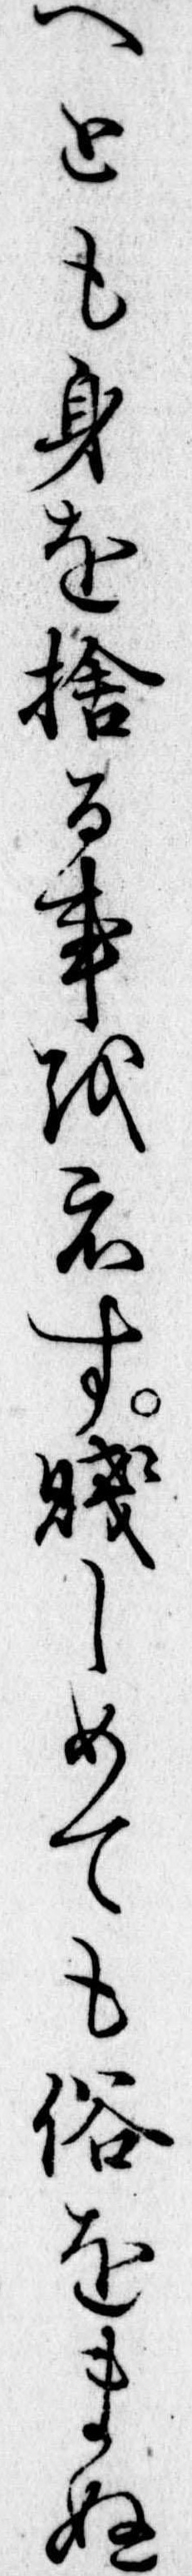
へとも身を捨る事をえす賎しめても俗をまぬ